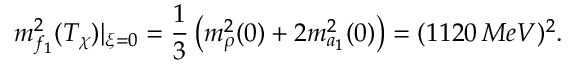
m _ { f _ { 1 } } ^ { 2 } ( T _ { \chi } ) | _ { \xi = 0 } = \frac { 1 } { 3 } \left( m _ { \rho } ^ { 2 } ( 0 ) + 2 m _ { a _ { 1 } } ^ { 2 } ( 0 ) \right) = ( 1 1 2 0 \, M e V ) ^ { 2 } .